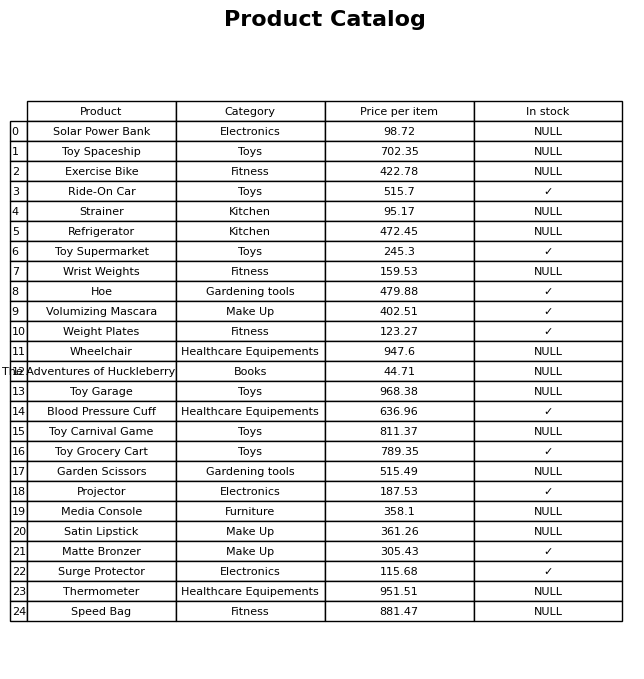
question: What is the price for Projector?
answer: The price of Projector is 187.53.